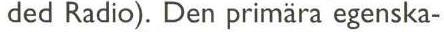
ded Radio). Den primära egenska-